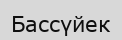
Бассүйек